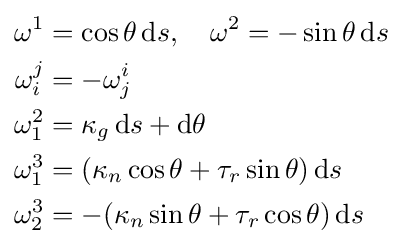
{\begin{aligned}\omega ^{1}&=\cos \theta \,\mathrm {d} s,\quad \omega ^{2}=-\sin \theta \,\mathrm {d} s\\\omega _{i}^{j}&=-\omega _{j}^{i}\\\omega _{1}^{2}&=\kappa _{g}\,\mathrm {d} s+\mathrm {d} \theta \\\omega _{1}^{3}&=(\kappa _{n}\cos \theta +\tau _{r}\sin \theta )\,\mathrm {d} s\\\omega _{2}^{3}&=-(\kappa _{n}\sin \theta +\tau _{r}\cos \theta )\,\mathrm {d} s\end{aligned}}